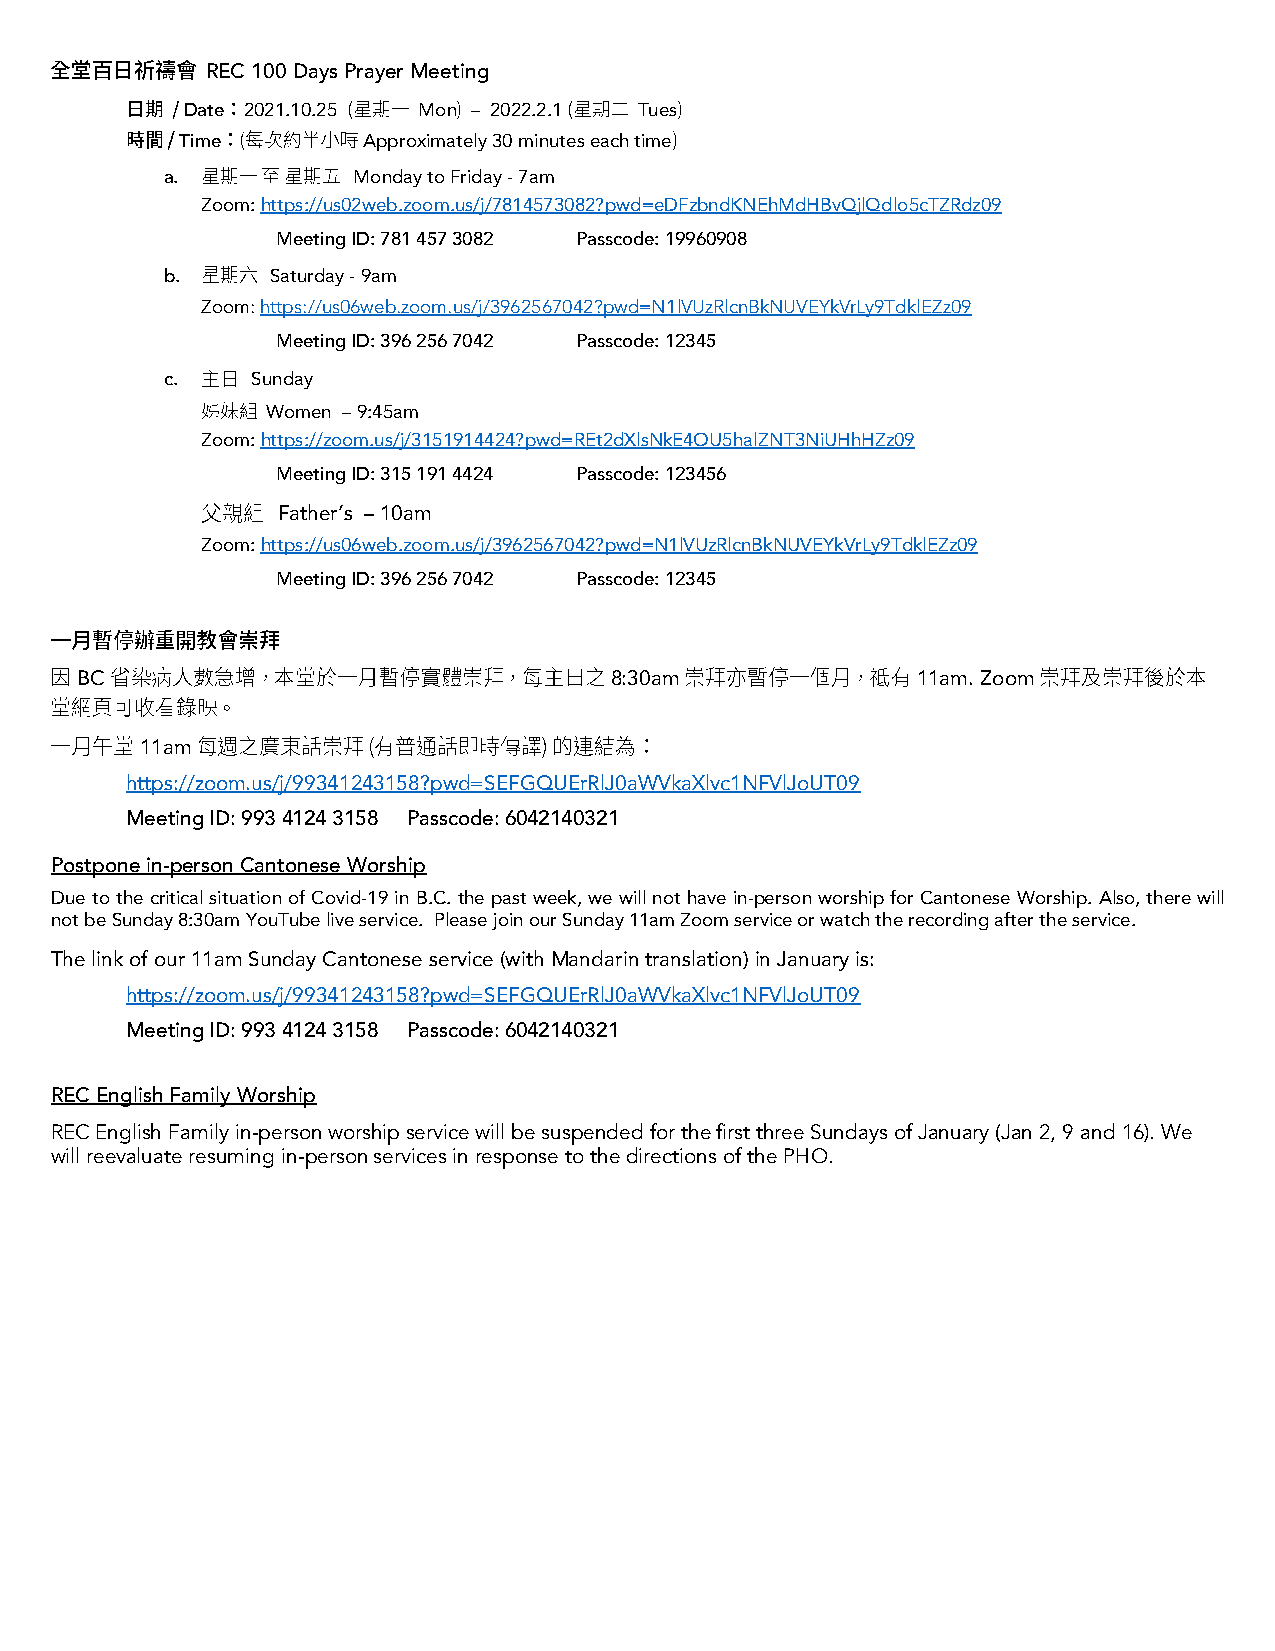
REC 100 Days Prayer Meeting
 Date 2021.10.25 Mon – 2022.2.1 Tues
 Time        Approximately 30 minutes each time
 a.          Monday to Friday - 7am
 Zoom: https://us02web.zoom.us/j/7814573082?pwd=eDFzbndKNEhMdHBvQjlQdlo5cTZRdz09
 Meeting ID: 781 457 3082 Passcode: 19960908
 b.     Saturday - 9am
 Zoom: https://us06web.zoom.us/j/3962567042?pwd=N1lVUzRlcnBkNUVEYkVrLy9TdklEZz09
 Meeting ID: 396 256 7042 Passcode: 12345
 c.    Sunday
 Women – 9:45am
 Zoom: https://zoom.us/j/3151914424?pwd=REt2dXlsNkE4OU5halZNT3NiUHhHZz09
 Meeting ID: 315 191 4424 Passcode: 123456
 Father’s – 10am
 Zoom: https://us06web.zoom.us/j/3962567042?pwd=N1lVUzRlcnBkNUVEYkVrLy9TdklEZz09
 Meeting ID: 396 256 7042 Passcode: 12345
 BC                                 8:30am               11am. Zoom
 11am
 https://zoom.us/j/99341243158?pwd=SEFGQUErRlJ0aWVkaXlvc1NFVlJoUT09
 Meeting ID: 993 4124 3158 Passcode: 6042140321
 Postpone in-person Cantonese Worship
 Due to the critical situation of Covid-19 in B.C. the past week, we will not have in-person worship for Cantonese Worship. Also, there will
 not be Sunday 8:30am YouTube live service. Please join our Sunday 11am Zoom service or watch the recording after the service.
 The link of our 11am Sunday Cantonese service (with Mandarin translation) in January is:
 https://zoom.us/j/99341243158?pwd=SEFGQUErRlJ0aWVkaXlvc1NFVlJoUT09
 Meeting ID: 993 4124 3158 Passcode: 6042140321
 REC English Family Worship
 REC English Family in-person worship service will be suspended for the first three Sundays of January (Jan 2, 9 and 16). We
 will reevaluate resuming in-person services in response to the directions of the PHO.